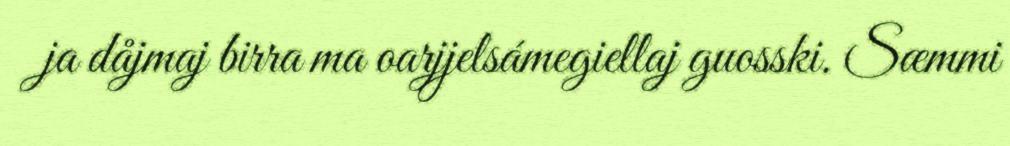
ja dåjmaj birra ma oarjjelsámegiellaj guosski. Sæmmi